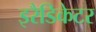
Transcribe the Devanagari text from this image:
इरैडिकेटर